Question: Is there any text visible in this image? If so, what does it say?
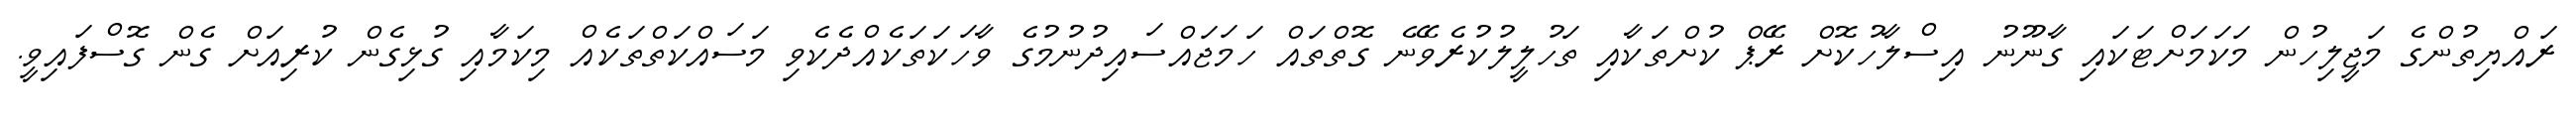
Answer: ރައްޔިތުންގެ މަޖީލިހުން މަކަމަށްޓަކައި ގާނޫނު އިސްލާހުކޮށް ރޭޕް ކުށްތަކާއި ތަހުލީލުކުރެވޭނެ ގޮތްތައް ހަމަޖައްސައިދުނުމުގެ ވާހަކަތަކެއްދެކެވި މަސައްކަތްތަކެއް މިކަމާއި ގުޅިގެން ކުރިއަށް ގެން ގޮސްފައިވީ.